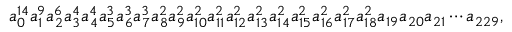
a _ { 0 } ^ { 1 4 } a _ { 1 } ^ { 9 } a _ { 2 } ^ { 6 } a _ { 3 } ^ { 4 } a _ { 4 } ^ { 4 } a _ { 5 } ^ { 3 } a _ { 6 } ^ { 3 } a _ { 7 } ^ { 3 } a _ { 8 } ^ { 2 } a _ { 9 } ^ { 2 } a _ { 1 0 } ^ { 2 } a _ { 1 1 } ^ { 2 } a _ { 1 2 } ^ { 2 } a _ { 1 3 } ^ { 2 } a _ { 1 4 } ^ { 2 } a _ { 1 5 } ^ { 2 } a _ { 1 6 } ^ { 2 } a _ { 1 7 } ^ { 2 } a _ { 1 8 } ^ { 2 } a _ { 1 9 } a _ { 2 0 } a _ { 2 1 } \cdots a _ { 2 2 9 } ,